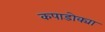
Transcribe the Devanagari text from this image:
कपाडोक्या